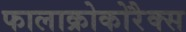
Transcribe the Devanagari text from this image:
फालाक्रोकोरैक्स